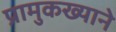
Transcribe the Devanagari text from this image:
प्रामुकख्याने